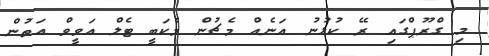
މި ގްރޫޕްގައި ރޭ ކުޅުނު އަނެއް މެޗުން މެކަބީ ޓެލް އަވީވް އަތުން